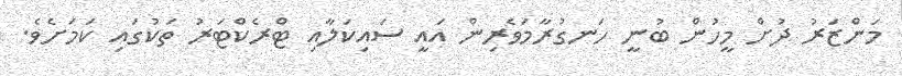
މަންޒަރު ދުށް މީހުން ބުނީ ހަނގުރާމަވެރިން އައީ ސައިކަލާއި ޓްރެކްޓަރު ތަކުގައި ކަމަށެވެ.